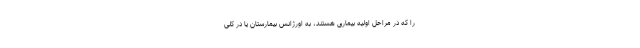
را که در مراحل اولیه بیماری هستند، به اورژانس بیمارستان یا در کلی